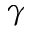
\gamma